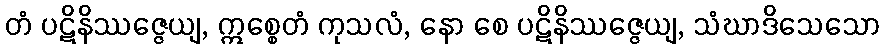
တံ ပဋိနိဿဇ္ဇေယျ, ဣစ္စေတံ ကုသလံ, နော စေ ပဋိနိဿဇ္ဇေယျ, သံဃာဒိသေသော